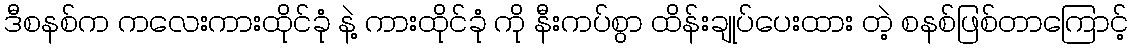
ဒီစနစ်က ကလေးကားထိုင်ခုံ နဲ့ ကားထိုင်ခုံ ကို နီးကပ်စွာ ထိန်းချုပ်ပေးထား တဲ့ စနစ်ဖြစ်တာကြောင့်